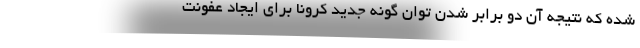
شده که نتیجه آن دو برابر شدن توان گونه جدید کرونا برای ایجاد عفونت